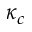
\kappa _ { c }